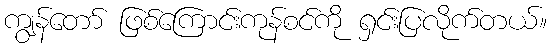
ကျွန်တော် ဖြစ်ကြောင်းကုန်စင်ကို ရှင်းပြလိုက်တယ်။